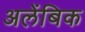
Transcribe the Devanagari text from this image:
अलेंबिक